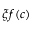
\xi f ( c )